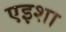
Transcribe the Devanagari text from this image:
एइशा